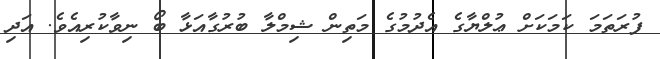
ފުރަތަމަ ކަމަކަށް ޢުލްޔާގެ އެދުމުގެ މަތިން ޝިމްލާ ބުރުގާއަޅާ ބޯ ނިވާކުރިއެވެ. އަދި